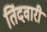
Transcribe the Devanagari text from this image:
तिंदवारी